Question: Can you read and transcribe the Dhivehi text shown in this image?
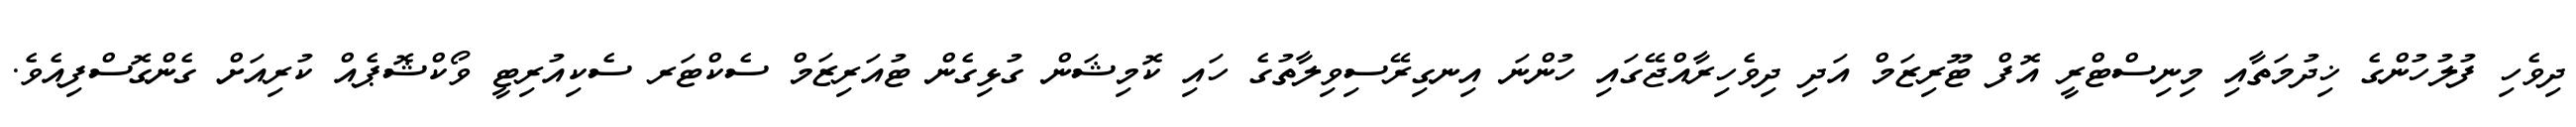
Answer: ދިވެހި ފުލުހުންގެ ޚިދުމަތާއި މިނިސްޓްރީ އޮފް ޓޫރިޒަމް އަދި ދިވެހިރާއްޖޭގައި ހުންނަ އިނގިރޭސިވިލާތުގެ ހައި ކޮމިޝަން ގުޅިގެން ޓުއަރިޒަމް ސެކްޓަރ ސެކިއުރިޓީ ވޯކްޝޮޕެއް ކުރިއަށް ގެންގޮސްފިއެވެ.